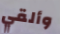
وألقي